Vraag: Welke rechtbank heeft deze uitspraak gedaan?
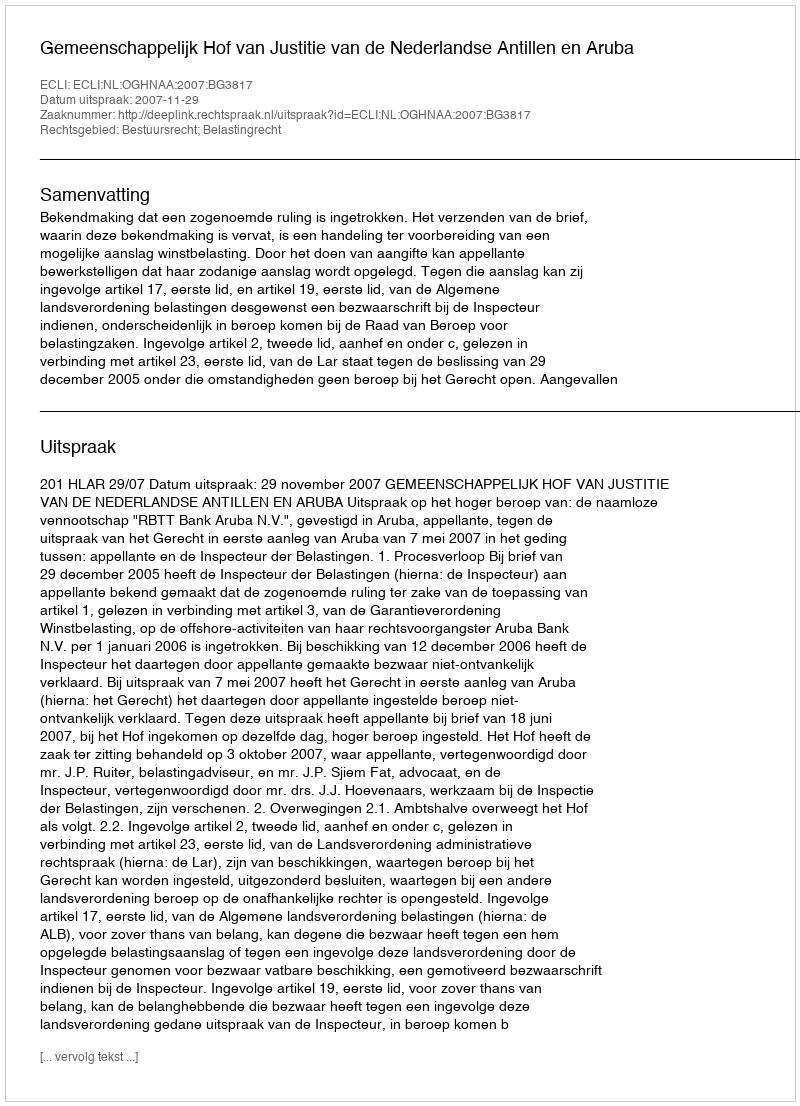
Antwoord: Gemeenschappelijk Hof van Justitie van de Nederlandse Antillen en Aruba